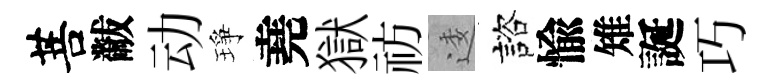
菩黻动琤堯獄祊逶諮愉雉誕巧